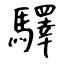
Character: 驛